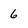
Character: 6